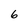
Character: 6